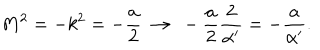
M ^ { 2 } = - k ^ { 2 } = - \frac { a } { 2 } \ \to \ - \frac { a } { 2 } \frac { 2 } { \alpha ^ { \prime } } = - \frac { a } { \alpha ^ { \prime } } .